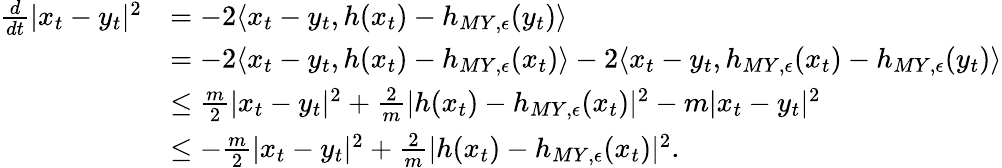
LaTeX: \begin{array}{rl}{\frac{d}{dt}|x_{t}-y_{t}|^{2}}&{=-2\langle x_{t}-y_{t},h(x_{t})-h_{MY,\epsilon}(y_{t})\rangle}\\ &{=-2\langle x_{t}-y_{t},h(x_{t})-h_{MY,\epsilon}(x_{t})\rangle-2\langle x_{t}-y_{t},h_{MY,\epsilon}(x_{t})-h_{MY,\epsilon}(y_{t})\rangle}\\ &{\leq\frac{m}{2}|x_{t}-y_{t}|^{2}+\frac{2}{m}|h(x_{t})-h_{MY,\epsilon}(x_{t})|^{2}-m|x_{t}-y_{t}|^{2}}\\ &{\leq-\frac{m}{2}|x_{t}-y_{t}|^{2}+\frac{2}{m}|h(x_{t})-h_{MY,\epsilon}(x_{t})|^{2}.}\end{array}